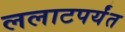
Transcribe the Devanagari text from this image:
ललाटपर्यंत